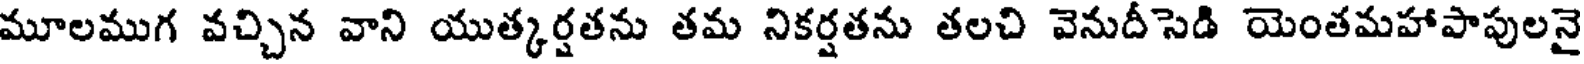
మూలముగ వచ్చిన వాని యుత్కర్షతను తమ నికర్షతను తలచి వెనుదీసెడి యెంతమహాపాపులనై